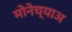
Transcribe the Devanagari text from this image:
मोनेच्याअ